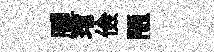
臞琯儉陋